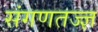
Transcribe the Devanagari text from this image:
संगणतज्ज्ञ